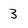
Character: 3